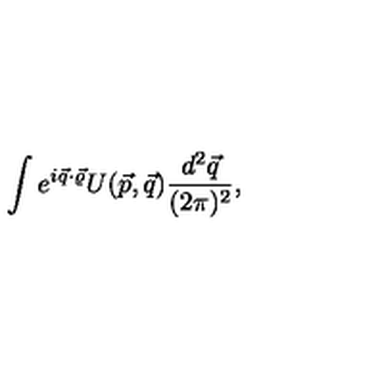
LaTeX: \int e ^ { i \vec { q } \cdot \vec { \varrho } } U ( \vec { p } , \vec { q } ) \frac { d ^ { 2 } \vec { q } } { ( 2 \pi ) ^ { 2 } } ,